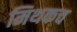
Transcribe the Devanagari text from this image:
मिथकच